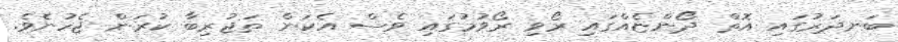
ބަނދަރުގައި އޮތް ދޯންޏެއްގައި ރޯވި ރޯވުމުގައި ވެސް އެކަން ތަޖުރިބާ ކުރަން ޖެހުނެވެ.